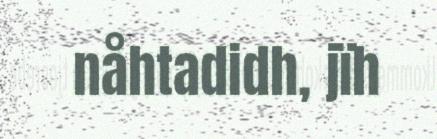
nåhtadidh, jïh